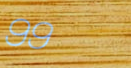
99¢